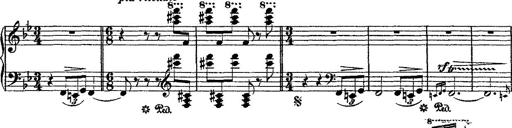
Title: Fantaisie romantique sur deux mÃ©lodies suisses
Composer: Franz Liszt